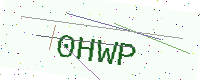
Text: 0HWP